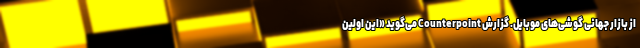
از بازار جهانی گوشی‌های موبایل. گزارش Counterpoint می‌گوید «این اولین